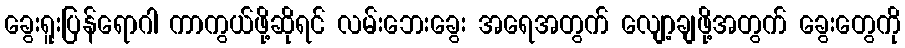
ခွေးရူးပြန်ရောဂါ ကာကွယ်ဖို့ဆိုရင် လမ်းဘေးခွေး အရေအတွက် လျော့ချဖို့အတွက် ခွေးတွေကို